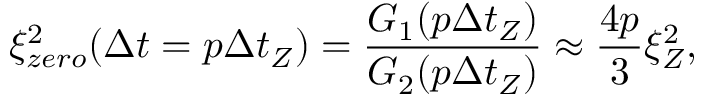
\xi _ { z e r o } ^ { 2 } ( \Delta t = p \Delta t _ { Z } ) = \frac { G _ { 1 } ( p \Delta t _ { Z } ) } { G _ { 2 } ( p \Delta t _ { Z } ) } \approx \frac { 4 p } { 3 } \xi _ { Z } ^ { 2 } ,